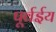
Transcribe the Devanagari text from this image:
पूर्वईय